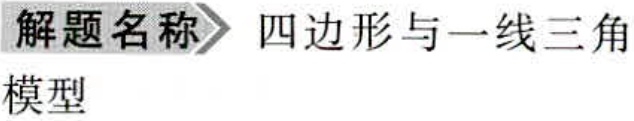
解题名称 四边形与一线三角
模型